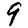
Digit: 9